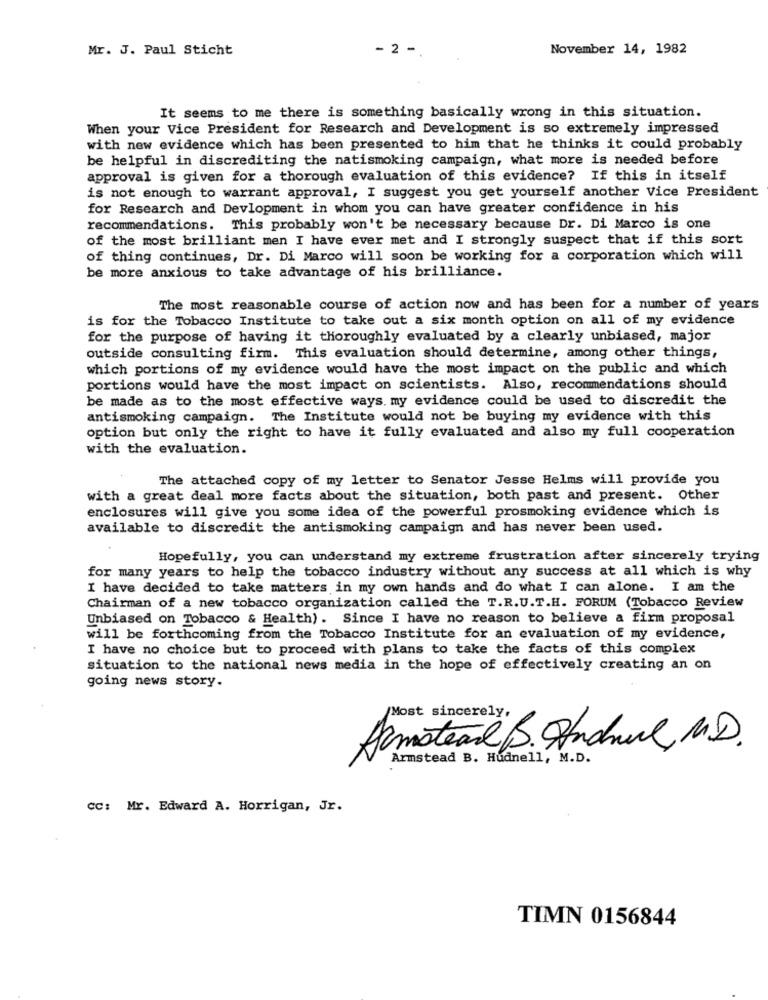
Mr. J. Paul Sticht
2 -
November 14, 1982
It seems to me there is something basically wrong in this situation.
When your Vice President for Research and Development is so extremely impressed
with new evidence which has been presented to him that he thinks it could probably
be helpful in discrediting the natismoking campaign, what more is needed before
approval is given for a thorough evaluation of this evidence? If this in itself
is not enough to warrant approval, I suggest you get yourself another Vice President
for Research and Devlopment in whom you can have greater confidence in his
recommendations. This probably won't be necessary because Dr. Di Marco is one
of the most brilliant men I have ever met and I strongly suspect that if this sort
of thing continues, Dr. Di Marco will soon be working for a corporation which will
be more anxious to take advantage of his brilliance.
The most reasonable course of action now and has been for a number of years
is for the Tobacco Institute to take out a six month option on all of my evidence
for the purpose of having it thoroughly evaluated by a clearly unbiased, major
outside consulting firm. This evaluation should determine, among other things,
which portions of my evidence would have the most impact on the public and which
portions would have the most impact on scientists. Also, recommendations should
be made as to the most effective ways. my evidence could be used to discredit the
antismoking campaign. The Institute would not be buying my evidence with this
option but only the right to have it fully evaluated and also my full cooperation
with the evaluation.
The attached copy of my letter to Senator Jesse Helms will provide you
with a great deal more facts about the situation, both past and present. Other
enclosures will give you some idea of the powerful prosmoking evidence which is
available to discredit the antismoking campaign and has never been used.
Hopefully, you can understand my extreme frustration after sincerely trying
for many years to help the tobacco industry without any success at all which is why
I have decided to take matters in my own hands and do what I can alone. I am the
Chairman of a new tobacco organization called the T.R.U.T.H. FORUM (Tobacco Review
Unbiased on Tobacco & Health). Since I have no reason to believe a firm proposal
will be forthcoming from the Tobacco Institute for an evaluation of my evidence,
I have no choice but to proceed with plans to take the facts of this complex
situation to the national news media in the hope of effectively creating an on
going news story.
Most sincerely,
Armstead B. Auchnul,M.D.
Armstead B. Hudnell, M.D.
cc: Mr. Edward A. Horrigan, Jr.
TIMN 0156844